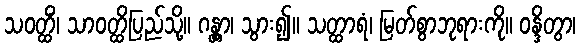
သဝတ္ထိံ၊ သာဝတ္ထိပြည်သို့။ ဂန္တွာ၊ သွား၍။ သတ္ထာရံ၊ မြတ်စွာဘုရားကို။ ဝန္ဒိတွာ၊